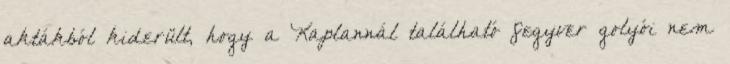
aktákból kiderült, hogy a Kaplannál található fegyver golyói nem